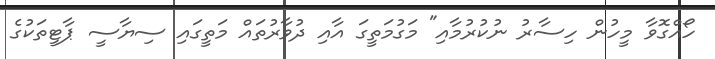
ހޯއްގޮވާ މީހުން ހިސާރު ނުކުރުމާއި" މަގުމަތީގަ އާއި ދުވާރުތައް މަތީގައި ސިޔާސީ ޕާޓީތަކުގެ